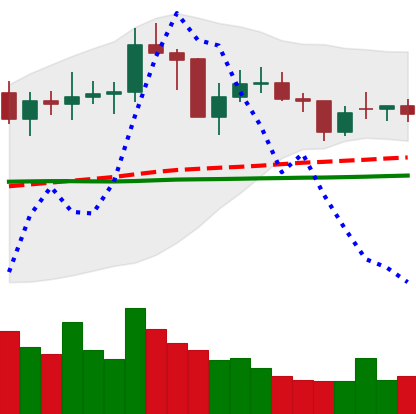
Ticker: NEO-USD
Chart end date: 2021-01-31
Forward return: 17.15%
Label: up_7plus